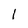
Character: l